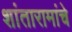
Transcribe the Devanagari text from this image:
शांतारामांचे